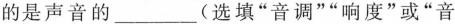
的是声音的___(选填”音调””响度”或”音